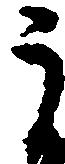
う